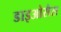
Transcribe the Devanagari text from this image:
डाइओसैस